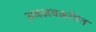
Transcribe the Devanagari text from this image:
अवअवक्रमित